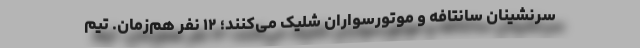
سرنشینان سانتافه و موتورسواران شلیک می‌کنند‌؛ ۱۲ نفر هم‌زمان. تیم